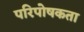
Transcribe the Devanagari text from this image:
परिपोषकता